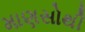
માણસોથી